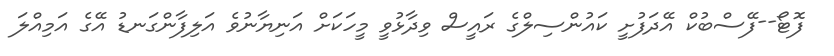
ފޮޓޯ--ފޭސްބުކް އޭދަފުށީ ކައުންސިލްގެ ރައީސް ވިދާޅުވީ މީހަކަށް އަނިޔާނުވެ އަލިފާންގަނޑު އޭގެ އަމިއްލަ